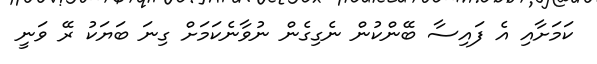
ކަމަށާއި އެ ފައިސާ ބޭންކުން ނެގިގެން ނުވާނެކަމަށް ގިނަ ބަޔަކު ރޭ ވަނީ